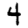
Digit: 4